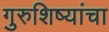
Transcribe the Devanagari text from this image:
गुरुशिष्यांचा